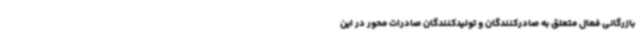
بازرگانی فعال متعلق به صادرکنندگان و تولیدکنندگان صادرات محور در این